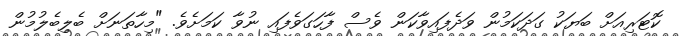
ކޮޓަރިއަށް ބަޔަކު ގަދަކަމުން ވަދެފައިވާކަން ވެސް ފާހަގަވެފައި ނުވާ ކަމަށެވެ. "މިހާތަނަށް ބެލިބެލުމުން